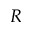
R